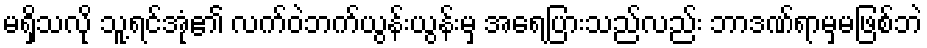
မရှိသလို သူ့ရင်အုံ၏ လက်ဝဲဘက်ယွန်းယွန်းမှ အရေပြားသည်လည်း ဘာဒဏ်ရာမှမဖြစ်ဘဲ